Annual report on the working of the mental hospitals in the Madras Presidency - 1912-1932
Year: 1912
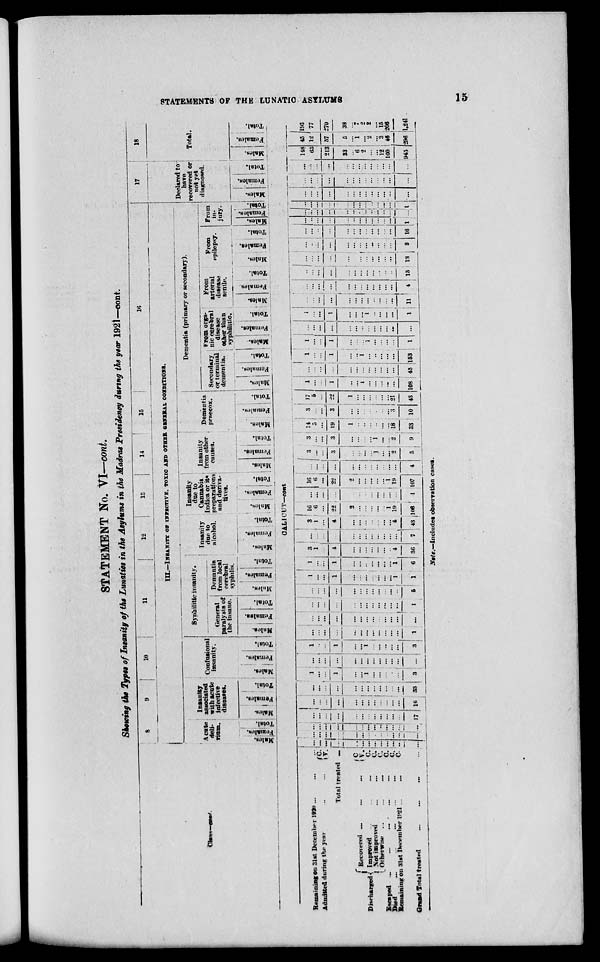
STATEMENTS OF THE LUNATIC ASYLUMS
15
STATEMENT No. VI—cont.
Showing the Types of Insanity of the Lunatics in the Asylums in the Madras Presidency during the year 1921—cont.
Class—cont.
8
9
10
11
12
13
14
15
16
III.—INSANITY OF INFECTIVE, TOXIC AND OTHER GENERAL CONDITIONS.
Acute
deli-
rium.
Males.
Females.
Total.
Insanity
associated
with acute
infective
diseases.
Males.
Females.
Total.
Confusional
insanity.
Males.
Females.
Total.
Syphilitic insanity.
General
paralysis of
the insane.
Males.
Females.
Total.
Demantia
from local
cerebral
syphilis.
Males.
Females.
Total.
Insanity
due to
alcohol.
Males.
Females.
Total.
Insanity
due to
Cannabis
Indica or its
preparations
and deriva-
tives.
Males.
Females.
Total.
Insanity
from other
causes.
Males.
Females.
Total.
Dementia
praecox.
Males.
Females.
Total.
Dementia (primary or secondary).
Secondary
or terminal
dementia.
Males.
Females.
Total.
From orga-
nic cerebral
disease
other than
syphilitic.
Males.
Females.
Total.
From
arterial
disease
senile.
Males.
Females.
Total.
From
epilepsy.
Males.
Females.
Total.
From
in-
jury.
Males.
Females.
Total.
17
Declared to
have
recovered or
not yet
diagnosed.
Males.
Females.
Total.
18
Total.
Males.
Females.
Total.
CALICUT—cont
Remaining on 31st December 1920 ... ...
Admitted during the year ... ...
C.
V.
Total treated ...
Discharged
Recovered ... ... ...
Improved
... ... ...
Not improved ... ...
Otherwise ...
...
...
Escaped ... ... ... ... ...
Died ... ... ... ... ...
Remaining on 31st December 1921 ... ...
C.
V.
C.
C.
C. C.
C.
C.
Grand Total treated ... ... ...
...
...
...
...
...
...
...
...
...
...
...
...
...
...
...
...
...
...
...
...
...
...
...
...
...
...
...
...
...
...
...
...
...
...
...
...
...
...
...
...
...
...
...
...
...
...
...
...
...
...
...
17
...
...
...
...
...
...
...
...
...
...
...
...
16
...
...
...
...
...
...
...
...
...
...
...
...
33
1
...
...
1
...
...
1
...
...
...
...
...
3
...
...
...
...
...
...
...
...
...
...
...
...
...
1
...
...
1
...
...
1
...
...
...
...
...
3
...
...
...
...
...
...
...
...
...
...
...
...
1
...
...
...
...
...
...
...
...
...
...
...
...
...
...
...
...
...
...
...
...
...
...
...
...
...
1
...
...
...
...
...
...
...
...
...
...
...
...
5
1
...
...
1
...
...
...
...
...
...
...
1
1
1
...
...
1
...
...
..
...
...
...
...
1
6
3
1
...
4
...
...
...
...
...
...
...
4
36
...
...
...
...
...
...
...
...
...
...
...
... 7
3
1
...
4
...
...
...
...
...
...
...
4
43
16
6
...
22
2
...
...
...
...
...
1
19
106
...
...
...
...
...
...
...
...
...
...
...
...
1
16
6
...
22
2
...
...
...
...
...
1
19
107
...
...
...
...
...
...
...
...
...
...
...
...
4
3 ...
...
3
...
...
...
...
1
...
...
2
5
3
...
...
3
...
...
...
...
1
...
...
2
9
14
5
...
19
1
...
...
...
...
...
...
18
33
3
...
...
3
...
...
...
...
...
...
...
3
10
17
5
...
22
1
...
...
...
...
...
...
21
43
1
...
...
1
...
...
1
...
...
...
...
...
108
...
...
...
...
...
...
...
...
...
...
...
...
45
1
...
...
1
...
...
1
...
...
...
...
...
153
1
...
...
1
...
...
...
1
...
...
...
...
1
...
...
...
...
...
...
...
...
...
...
...
...
...
1
...
...
1
...
...
...
1
...
...
...
...
1
...
...
...
...
...
...
...
...
...
...
...
...
11
...
...
...
...
...
...
...
...
...
...
...
...
4
...
...
...
...
...
...
...
...
...
...
...
...
15
...
...
...
...
...
...
...
...
...
...
...
...
13
...
...
...
...
...
...
...
...
...
...
...
...
3
...
...
...
...
...
...
...
...
...
...
...
...
16
...
...
...
...
...
...
...
...
...
...
...
...
1
...
...
...
...
...
...
...
...
...
...
...
...
...
...
...
...
...
...
...
...
...
...
...
...
...
1
...
...
...
...
...
...
...
...
...
...
...
...
...
...
...
...
...
...
...
...
...
...
...
...
...
...
...
...
...
...
...
...
...
...
...
...
...
...
...
148
65
...
213
33
...
6
2
...
...
12
160
943
45 12 ...
57
5
...
1
...
2
...
3
46
296
193
77
...
270
38
...
7
2
2
...
15
206
1,241
Note.—Includes observation cases.